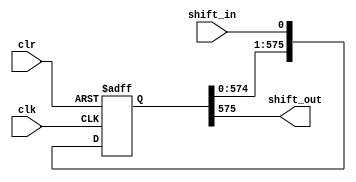
//-----------------------------------------------------//
// Design Name : Shift_reg
// Function    : Shift register
//-----------------------------------------------------//


module shift_reg_576 #( parameter size = 575 ) (shift_in, clk, clr, shift_out);

   // Port Declaration
   input   shift_in;
   input   clk;
   input   clr;
   output  shift_out;
   
   reg [ size:0 ] shift; // shift register  
   
    always @ (posedge clk or posedge clr)
     begin
	if (clr)
          shift = 0;	  	
	else 
	  shift = { shift[size-1:0] , shift_in } ;	
     end
   
   assign shift_out = shift[size];   
   
endmodule